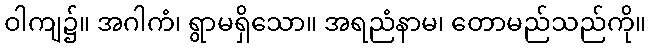
ဝါကျ၌။ အဂါကံ၊ ရွာမရှိသော။ အရညံနာမ၊ တောမည်သည်ကို။